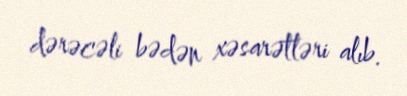
dərəcəli bədən xəsarətləri alıb.